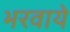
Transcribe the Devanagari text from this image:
भरवाये